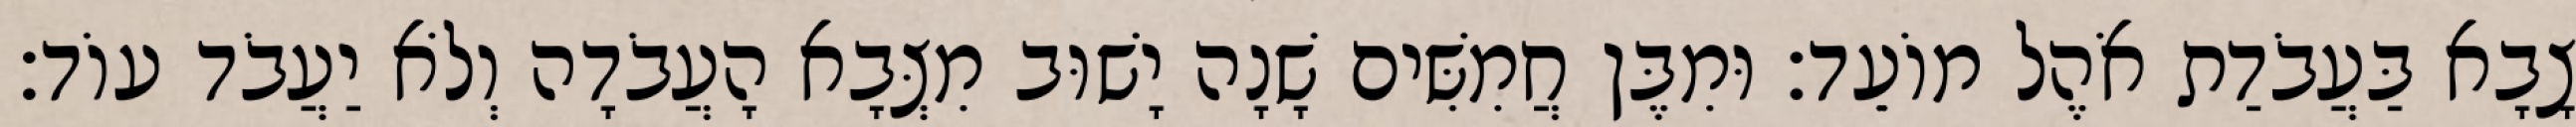
צָבָא בַּעֲבֹדַת אֹהֶל מוֹעֵד׃ וּמִבֶּן חֲמִשִּׁים שָׁנָה יָשׁוּב מִצְּבָא הָעֲבֹדָה וְלֹא יַעֲבֹד עוֹד׃